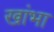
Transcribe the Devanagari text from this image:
खांभा